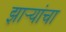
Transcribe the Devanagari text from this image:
झाऱ्यांचा